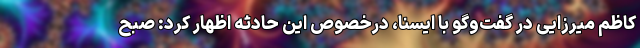
کاظم میرزایی در گفت‌وگو با ایسنا، درخصوص این حادثه اظهار کرد: صبح